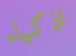
اذكياء